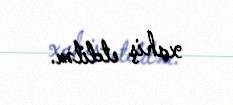
xahiş etdilər.